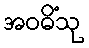
အဝဓိံသု